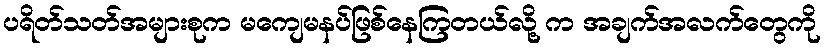
ပရိတ်သတ်အများစုက မကျေမနပ်ဖြစ်နေကြတယ်လို့ က အချက်အလက်တွေကို